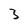
Character: 3